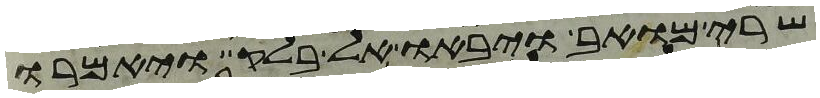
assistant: שרי מואב ויבאו אל בלק ויאמרו